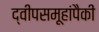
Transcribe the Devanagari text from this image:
द्वीपसमूहांपैकी